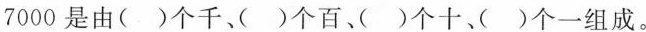
7000是由()个千、()个百、)个十()个一组成。